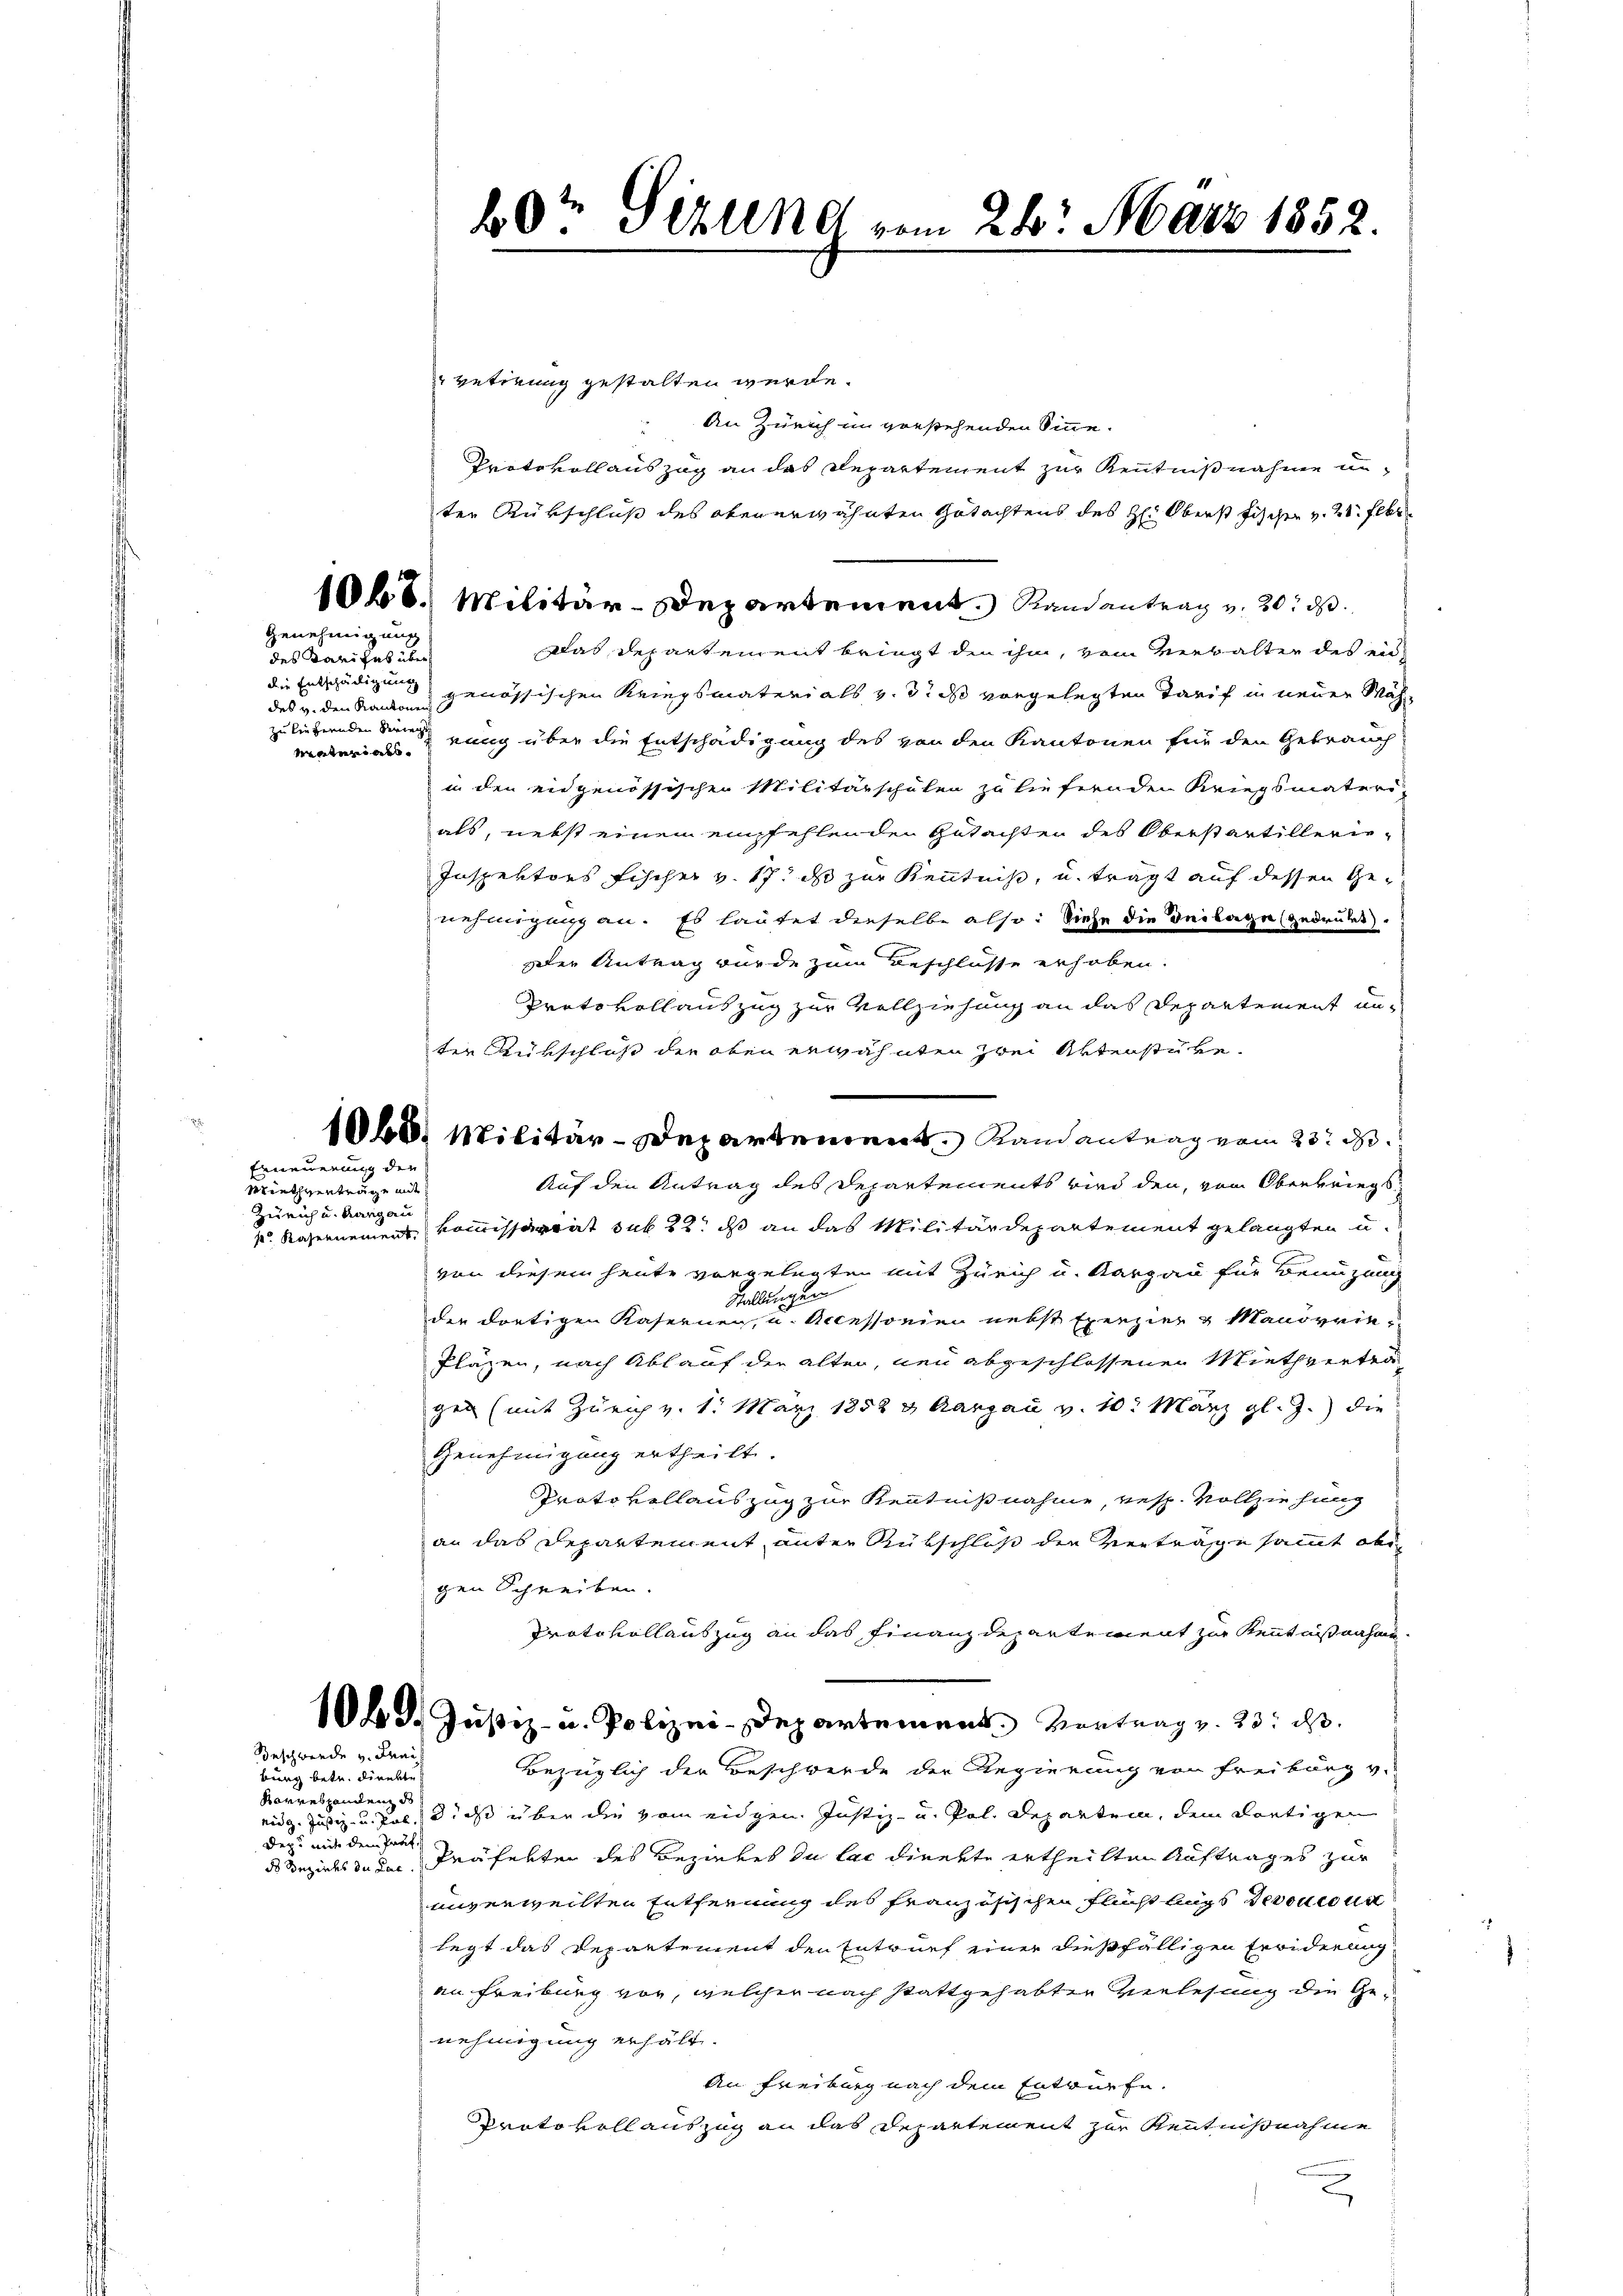
Genehmigung

des Parisat über
die Entschädigung
zu liefernden Seriegs

vetirung gestalten werde.
An Zürich im vorstehenden Sinne.
Protokoll auszug an das Departement zur Kenntnißnahme anter Rükschluß des obenerwähnten Gutachtens des H: Oberst Fischen v. 21. Febr
1068. Militär-Departement. Randantrag v. 20. ds.
Das Departement bringt den ihm, vom Verwalter des eindes v. den Kanzen genössischen Kriegsmaterials v. 3. ds vorgelegten Tarif in neuer Mahmaterials unung über die Entschädigung des von den Kantonen für den Gebrauch
in den eidgenössischen Militärschulen zu liefernden Kriegsmateri-
als, nebst einem empfehlenden Gutachten des Oberstartillerie¬
Inspektors Fischer v. 17. ds zur Kenntnis, u. trägt auf dessen Genehmigung an. Es lautet dieselbe also: Siehe die Beilage (gedrukt).
Der Antrag wurde zum Beschlüsse erhoben.
Protokollauszug zur Vollziehung an das Departement anter Rübschluß der oben erwähnten zwei Aktenstüke.
Auf den Antrag des Departements wird den, von Oberkriegs
p. Kasernement kommissorat sub 22. ds an das Militärdepartement gelangten u.
von diesem heute vorgelegten mit Zürich u. Aargau für Benuzung
Stallungen
der dortigen Kasernen, u. Accessonien nebst Exerzier & Manövrie
Pläzen, nach Ablauf der alten, neu abgeschlossener Miethvertragen (mit Zürich v. 1. März 1852 u. Aargau v. 10. März l. J.) die
Genehmigung ertheilt.
Protokollauszug zur Kenntnißnahme, resp. Vollziehung
an das Departement unter Rükschluß der Vertrage sammt als
gen Schreiben.
Protokollauszug an das Finanzdepartement zur Kenntnißnahme
106 d. Justiz- u. Polizei-Departement. Vortrag v. 23. ds.
Bezüglich der Beschwerde der Regierung von Freiburg v.
eidg. Justiz- u. Pol., dieß über die vom eidgen Justiz- u. Pol. Departem, dem dortigen
Präfekter des Bezirkes du lac direkte ertheilten Auftrages zur
unverweilten Entfernung des französischen Flucht legs devance un
legt das Departement den Entwurf einer dießfälligen Erwiderung
an Freiburg vor, welcher nach stattgehabten Verlesung die Genehmigung erhält.
An Freiburg nach dem Entwürfe.
Protokollauszug an das Departement zur Kenntnißnahme

Erneuerung den

Miethverträge mit
Zürich u. Aargau

Beschwerde v. Frei

bung betr. direkte
Korresponden de
Deps mit dem Prät,
ds Bezirks der Pac

60. Sekund vom 28. März 1852.

108. Militär-Departement Randantrag vom 23. d.